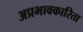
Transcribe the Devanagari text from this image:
अप्रभावकारिता